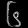
Digit: ၆